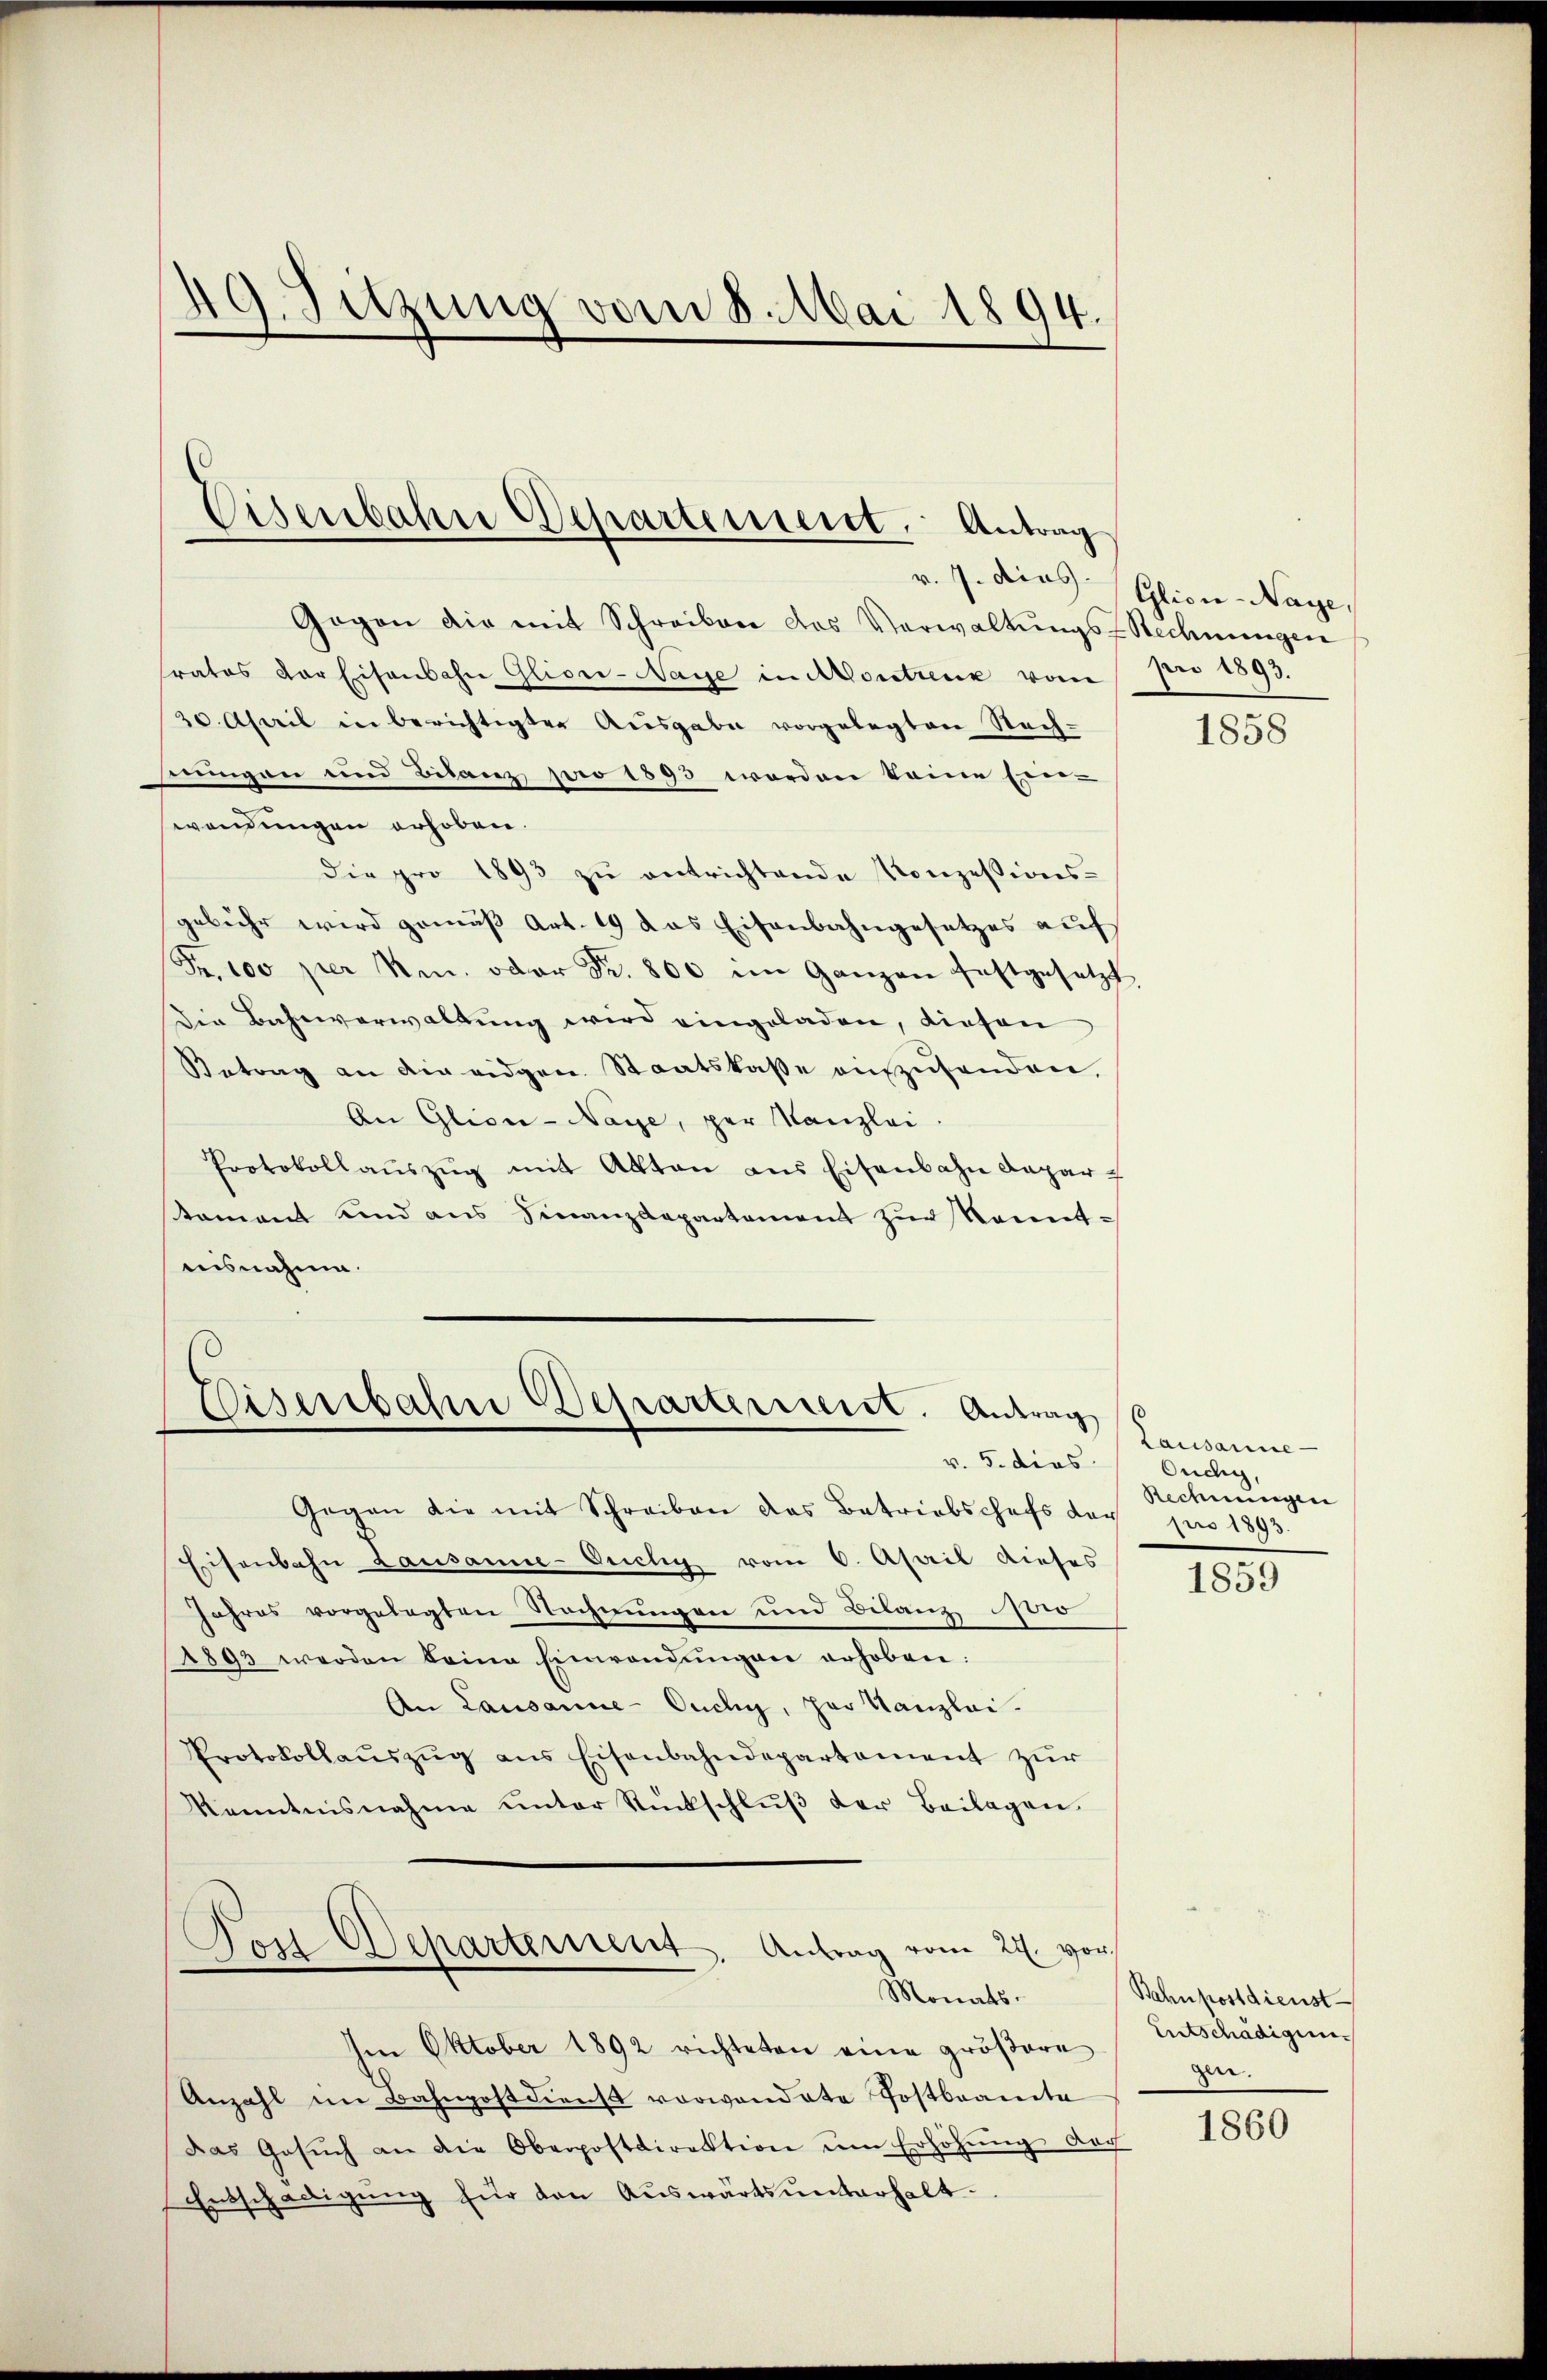
Gegen die mit Schreiben das Verwaltŭngs-Rechnungen
rates der Eisenbahn Glioci-Nage in Montreux vom per 1893.
20. April in berichtigten Ausgabe vorgelegten Nach-
seemingen und Bilanz pro 1893 worden keine Ein-
wendungen erhoben.
die pro 1893 zu entrichtende Konzessions-
gebühr wird gemäß Art. 19 das Eisenbahngesetzes auf
Fr. 100 per N. oder Fr. 800 im Ganzen festgesetzt,
Die Bahnverwaltung wird eingeladen, diesen
Betrag an die eidgen. Staatskasse auszusenden,
An Glion-Naye, per Kanzlei.
Protokollaŭszŭg mit Akten ans Eisenbahn Capar-
tament und aus Finanzdepartement zur Kennt-
aisnahme.

d. Suzung vom 8. Mai 1894.

Eisenbahn Departement. Antrag

Eisenbahn Departerient. Antrag
v. 5. dies

Gegen die mit Schreiben das Betriebschefs der
Eisenbahn Lausanne-Ouchy vom 6. April dieses
Jahres vorgelegten Rechnungen und Bilanz Stro
1893 werden beim Einwendŭngen erhoben:
An Lausanne-Ouchy, der Kanzlei.
Protokollaŭszŭg ans Eisenbahndepartement zur
Kenntnisnahme unter Rückschlŭβ der Beilagen.
Post Departement. Antrag vom 22. vor
Monats-
Im Oktober 1892 richteten eine größere
Anzahl im Bahnpostdienst vorwandete Postbrandte
das Gesŭch an die Oberpostdirektion um Erhöhŭng doch
Entschädigung für den Auswärts unterhalt¬

v. 7. dies Glion-Naye,

1858

Lausanne
Ouchy,
Rechnungen
pro 1893.

1859

Bahnpostdienst-
Entschädigungen.

1860